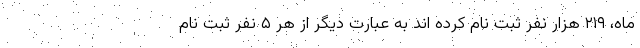
ماه، ۲۱۹ هزار نفر ثبت نام کرده اند به عبارت دیگر از هر ۵ نفر ثبت نام